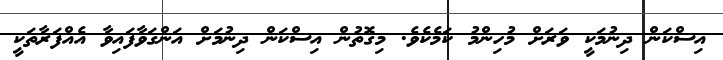
އިސްކަން ދިނުމަކީ ވަރަށް މުހިންމު ކަމެކެވެ. މިގޮތުން އިސްކަން ދިނުމަށް އަންގަވާފައިވާ އެއްފަރާތަކީ